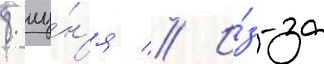
8 иу́н'я // И́з-за